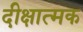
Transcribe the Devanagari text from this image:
दीक्षात्मक